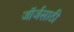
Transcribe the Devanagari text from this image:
जॉर्जसाठी